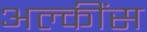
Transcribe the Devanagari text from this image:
अल्कींस